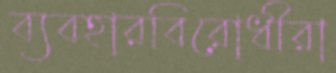
ব্যবহারবিরোধীরা